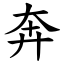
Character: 奔